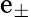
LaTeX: \mathrm{e}_{\pm}